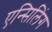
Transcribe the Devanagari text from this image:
एन्सिलिंग